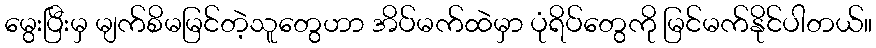
မွေးပြီးမှ မျက်စိမမြင်တဲ့သူတွေဟာ အိပ်မက်ထဲမှာ ပုံရိပ်တွေကို မြင်မက်နိုင်ပါတယ်။